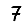
Digit: 7